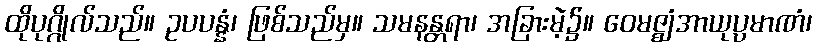
ထိုပုဂ္ဂိုလ်သည်။ ဥပပန္နံ၊ ဖြစ်သည်မှ။ သမနန္တရာ၊ အခြားမဲ့၌။ ဝေမဇ္ဈံအာယုပ္ပမာဏံ၊